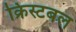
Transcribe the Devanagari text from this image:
क्रिस्टबल